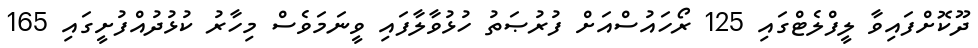
ދޫކޮށްފައިވާ ލީފްލެޓްގައި 125 ރޯހައުސްއަށް ފުރުޞަތު ހުޅުވާލާފައި ވީނަމަވެސް މިހާރު ކުޅުދުއްފުށީގައި 165